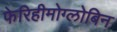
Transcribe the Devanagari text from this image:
फेरिहीमोग्लोबिन